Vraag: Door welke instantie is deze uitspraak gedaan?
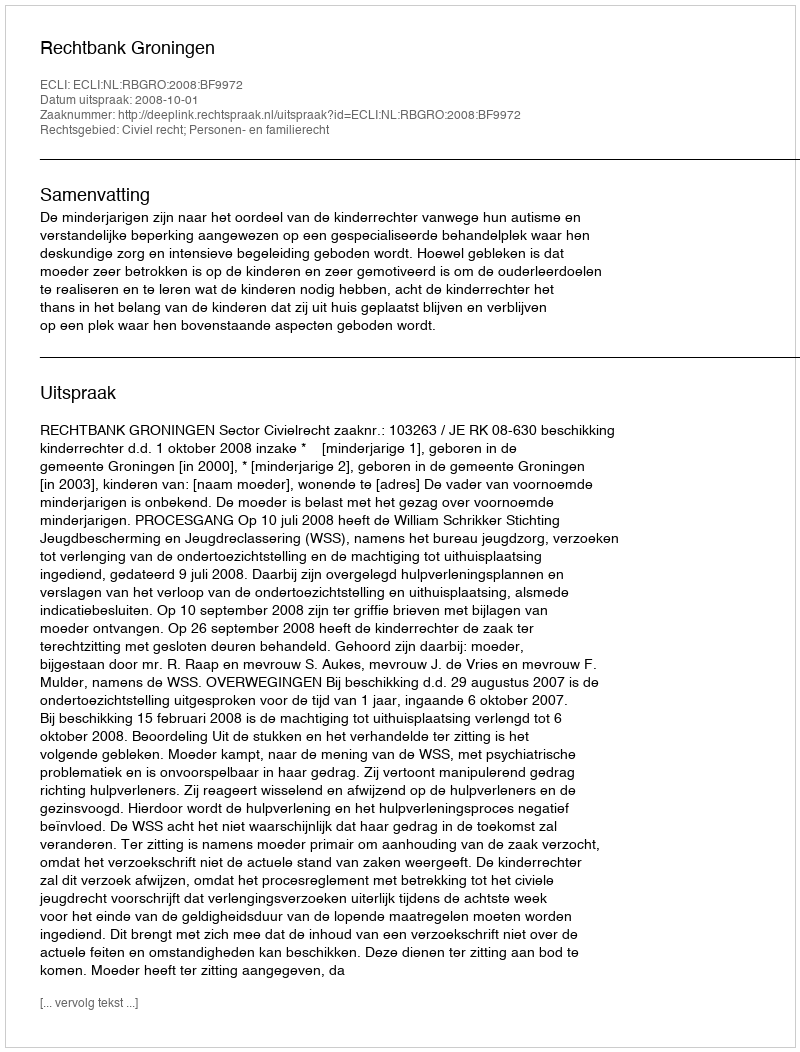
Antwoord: Rechtbank Groningen